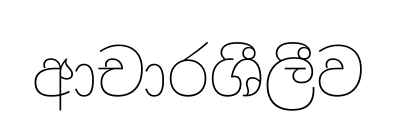
ආචාරශීලීව